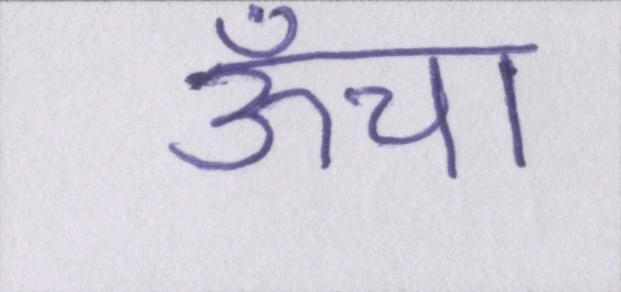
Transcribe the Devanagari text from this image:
ऊँचा